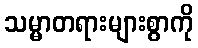
သမ္မာတရားများစွာကို